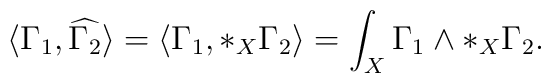
\langle \Gamma_1,\widehat{\Gamma_2} \rangle = \langle\Gamma_1,*_X\Gamma_2\rangle = \int_X \Gamma_1 \wedge *_X \Gamma_2.